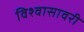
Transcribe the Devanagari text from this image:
विश्वासावरी